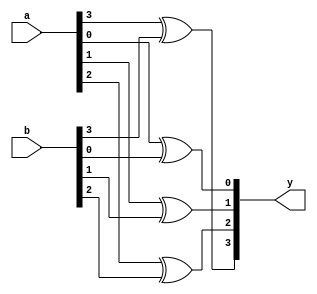
module exor_gate4
(
	input [3:0] a, b,
	output [3:0] y
);

	xor x0(y[0], a[0], b[0]);
	xor x1(y[1], a[1], b[1]);
	xor x2(y[2], a[2], b[2]);
	xor x3(y[3], a[3], b[3]);

endmodule